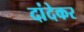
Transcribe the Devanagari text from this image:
दांदेकर